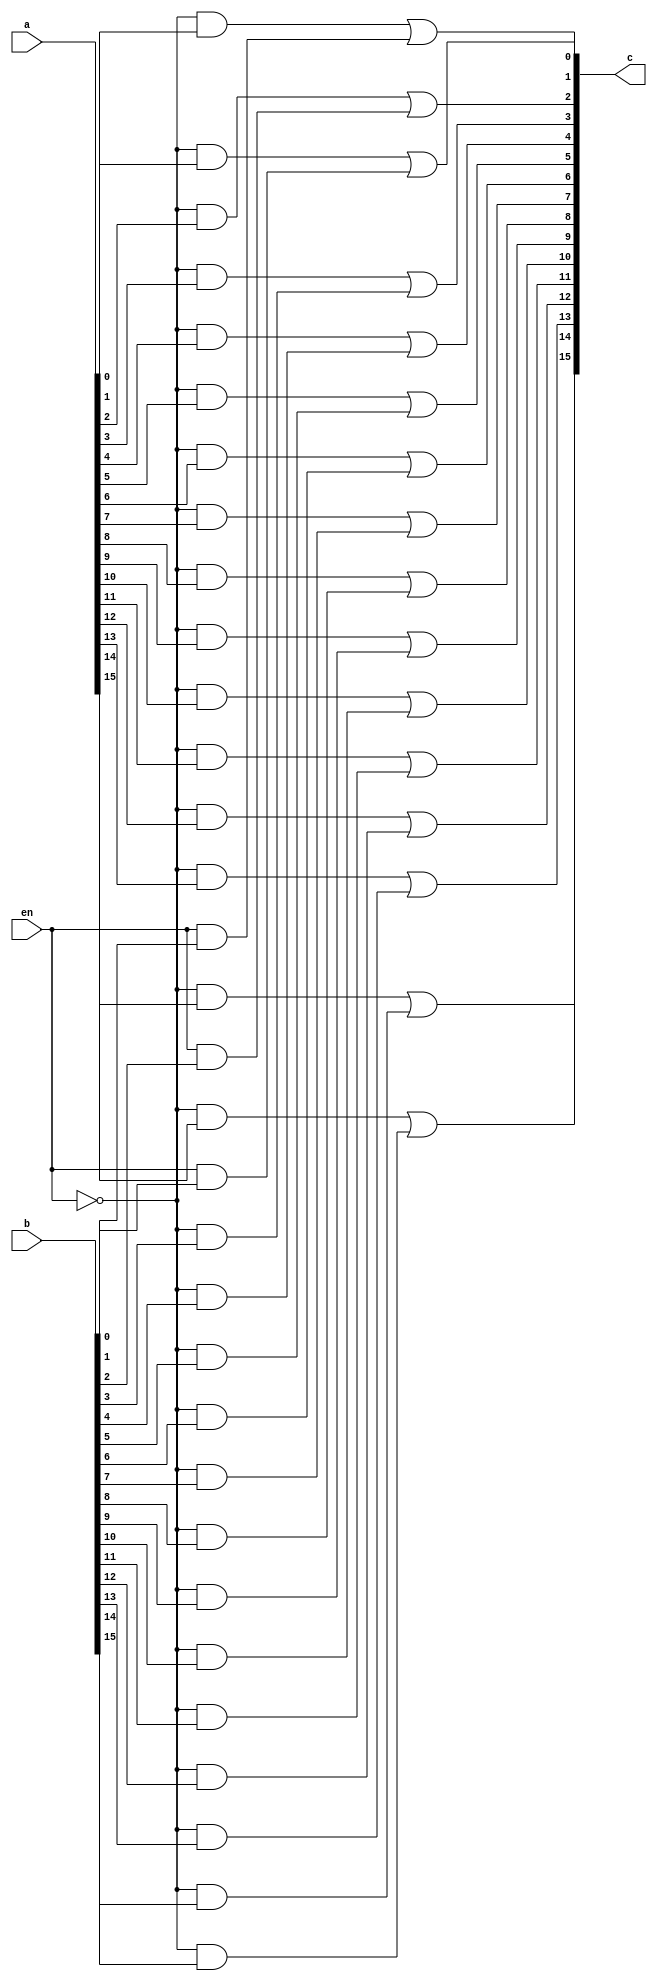
`timescale 1ns / 1ps
//////////////////////////////////////////////////////////////////////////////////
// Company: 
// Engineer: 
// 
// Design Name: 
// Module Name:    mux_16_struct 
// Project Name: 
// Target Devices: 
// Tool versions: 
// Description: 
//
// Dependencies: 
//
// Revision: 
// Revision 0.01 - File Created
// Additional Comments: 
//
//////////////////////////////////////////////////////////////////////////////////
module mux_16_struct(
    input [15:0] a,
    input [15:0] b,
    input en,
    output [15:0] c
    );
wire [15:0] d, e;
wire en_;
not(en_,en);
and a1(d[0],en_,a[0]);
and a2(d[1],en_,a[1]);
and a3(d[2],en_,a[2]);
and a4(d[3],en_,a[3]);
and a5(d[4],en_,a[4]);
and a6(d[5],en_,a[5]);
and a7(d[6],en_,a[6]);
and a8(d[7],en_,a[7]);
and a9(d[8],en_,a[8]);
and a10(d[9],en_,a[9]);
and a11(d[10],en_,a[10]);
and a12(d[11],en_,a[11]);
and a13(d[12],en_,a[12]);
and a14(d[13],en_,a[13]);
and a15(d[14],en_,a[14]);
and a16(d[15],en_,a[15]);

and b1(e[0],en,b[0]);
and b2(e[1],en,b[1]);
and b3(e[2],en,b[2]);
and b4(e[3],en_,b[3]);
and b5(e[4],en_,b[4]);
and b6(e[5],en_,b[5]);
and b7(e[6],en_,b[6]);
and b8(e[7],en_,b[7]);
and b9(e[8],en_,b[8]);
and b10(e[9],en_,b[9]);
and b11(e[10],en_,b[10]);
and b12(e[11],en_,b[11]);
and b13(e[12],en_,b[12]);
and b14(e[13],en_,b[13]);
and b15(e[14],en_,b[14]);
and b16(e[15],en_,b[15]);

or o1(c[0],d[0],e[0]);
or o2(c[1],d[1],e[1]);
or o3(c[2],d[2],e[2]);
or o4(c[3],d[3],e[3]);
or o5(c[4],d[4],e[4]);
or o6(c[5],d[5],e[5]);
or o7(c[6],d[6],e[6]);
or o8(c[7],d[7],e[7]);
or o9(c[8],d[8],e[8]);
or o10(c[9],d[9],e[9]);
or o11(c[10],d[10],e[10]);
or o12(c[11],d[11],e[11]);
or o13(c[12],d[12],e[12]);
or o14(c[13],d[13],e[13]);
or o15(c[14],d[14],e[14]);
or o16(c[15],d[15],e[15]);

endmodule